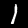
Digit: 1